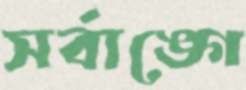
সর্বাঙ্গে